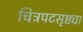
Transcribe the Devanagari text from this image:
चित्रपटसृष्ट्या